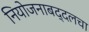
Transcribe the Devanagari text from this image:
नियोजनाबद्दलचा